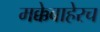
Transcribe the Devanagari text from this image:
मक्केबाहेरच